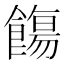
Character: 𩞃